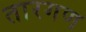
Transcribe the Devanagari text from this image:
तारगण